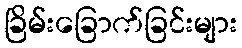
ခြိမ်းခြောက်ခြင်းများ